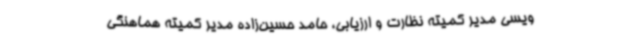
ویسی مدیر کمیته نظارت و ارزیابی، حامد حسین‌زاده مدیر کمیته هماهنگی